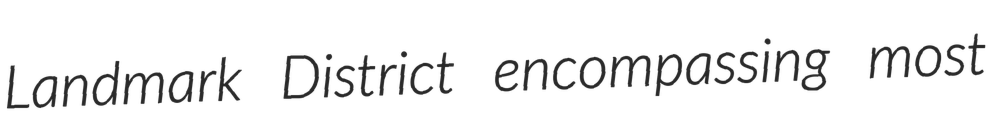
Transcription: Landmark District encompassing most